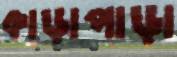
কাড়াপাড়া